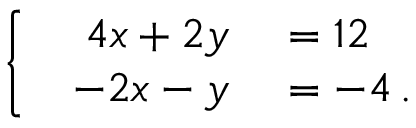
\left\{ \begin{array} { l l } { { \begin{array} { r l } { 4 x + 2 y } & { { } = 1 2 } \\ { - 2 x - y } & { { } = - 4 \, . } \end{array} } } \end{array} \right.